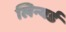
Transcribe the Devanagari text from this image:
लिन्यर्ड